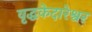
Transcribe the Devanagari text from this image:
वृद्धकेदारेश्वर